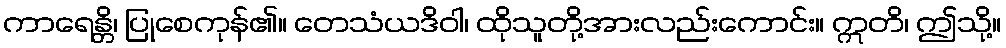
ကာရေန္တိ၊ ပြုစေကုန်၏။ တေသံယဒိဝါ၊ ထိုသူတို့အားလည်းကောင်း။ ဣတိ၊ ဤသို့။